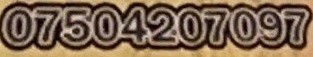
07504207097